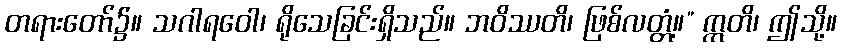
တရားတော်၌။ သဂါရဝေါ၊ ရိုသေခြင်းရှိသည်။ ဘဝိဿတိ၊ ဖြစ်လတ္တံ့။” ဣတိ၊ ဤသို့။